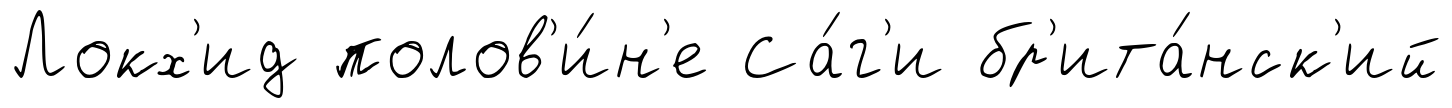
Локх'ид полов'и́н'е Са́г'и бр'ита́нск'ий